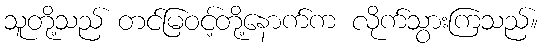
သူတို့သည် တင်မြဝင့်တို့နောက်က လိုက်သွားကြသည်။